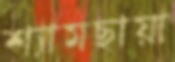
শ্যামছায়া